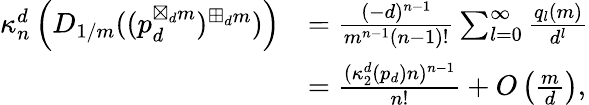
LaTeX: \begin{array}{rl}{\kappa_{n}^{d}\left(D_{1/m}((p_{d}^{\boxtimes_{d}m})^{\boxplus_{d}m})\right)}&{=\frac{(-d)^{n-1}}{m^{n-1}(n-1)!}\sum_{l=0}^{\infty}\frac{q_{l}(m)}{d^{l}}}\\ &{=\frac{(\kappa_{2}^{d}(p_{d})n)^{n-1}}{n!}+O\left(\frac{m}{d}\right),}\end{array}